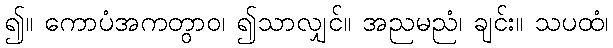
၍။ ကောပံအကတွာဝ၊ ၍သာလျှင်။ အညမညံ၊ ချင်း။ သပထံ၊